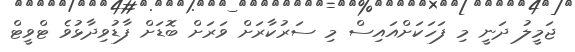
ޖަމީލު ދަނީ މި ފަހަކަށްއައިސް މި ސަރުކާރަށް ވަރަށް ބޮޑަށް ފާޑުވިދާޅުވެ ޓްވީޓް